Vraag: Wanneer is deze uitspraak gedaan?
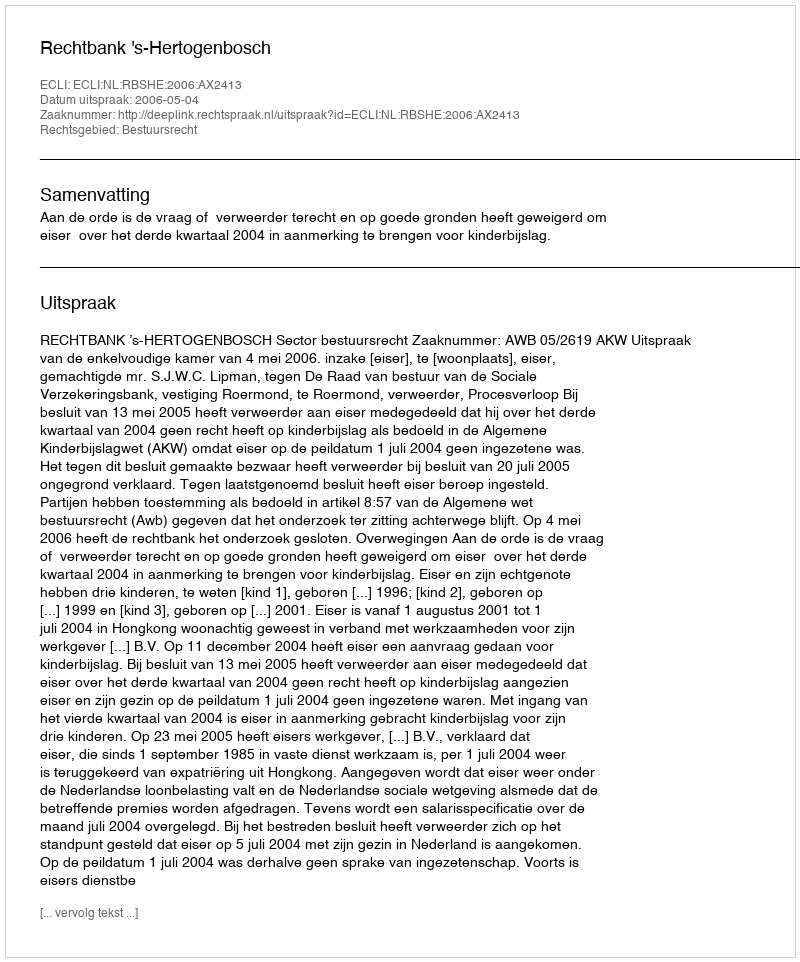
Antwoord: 2006-05-04